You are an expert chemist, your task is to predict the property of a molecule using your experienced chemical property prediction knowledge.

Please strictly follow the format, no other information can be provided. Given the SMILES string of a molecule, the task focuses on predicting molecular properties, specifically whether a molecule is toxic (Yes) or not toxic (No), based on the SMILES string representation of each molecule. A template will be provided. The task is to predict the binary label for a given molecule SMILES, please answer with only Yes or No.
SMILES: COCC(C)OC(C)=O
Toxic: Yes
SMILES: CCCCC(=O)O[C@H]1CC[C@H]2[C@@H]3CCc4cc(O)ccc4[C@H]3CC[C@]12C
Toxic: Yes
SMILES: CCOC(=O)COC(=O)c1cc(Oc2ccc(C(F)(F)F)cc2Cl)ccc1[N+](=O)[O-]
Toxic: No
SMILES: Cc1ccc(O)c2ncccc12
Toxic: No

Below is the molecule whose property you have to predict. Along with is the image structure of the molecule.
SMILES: CCN(CC)CCNC(=O)c1ccc(N)cc1
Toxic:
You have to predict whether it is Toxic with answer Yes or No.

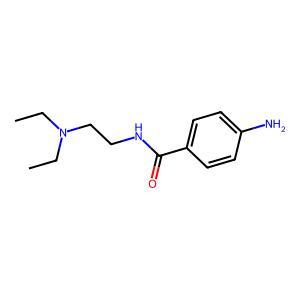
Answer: No